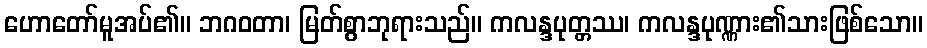
ဟောတော်မူအပ်၏။ ဘဂဝတာ၊ မြတ်စွာဘုရားသည်။ ကလန္ဒပုတ္တဿ၊ ကလန္ဒပုဏ္ဏား၏သားဖြစ်သော။